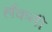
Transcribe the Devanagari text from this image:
हाँकनी